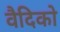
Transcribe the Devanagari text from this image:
वैदिको